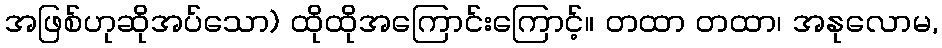
အဖြစ်ဟုဆိုအပ်သော) ထိုထိုအကြောင်းကြောင့်။ တထာ တထာ၊ အနုလောမ,